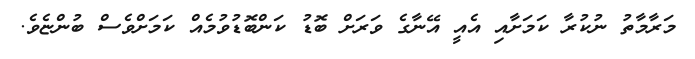
މަރާމާތު ނުކުރާ ކަމަށާއި އެއީ އޭނާގެ ވަރަށް ބޮޑު ކަންބޮޑުވުމެއް ކަމަށްވެސް ބުންޏެވެ.